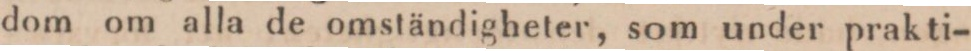
dom om alla de omständigheter, som under prakti-